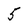
Character: 5